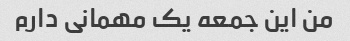
من این جمعه یک مهمانی دارم